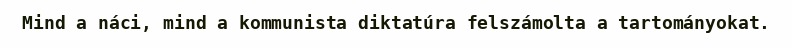
Mind a náci, mind a kommunista diktatúra felszámolta a tartományokat.